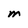
Character: M